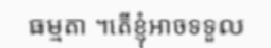
ធម្មតា ។តើខ្ញុំអាចទទួល